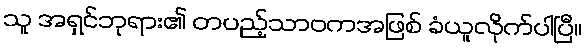
သူ အရှင်ဘုရား၏ တပည့်သာဝကအဖြစ် ခံယူလိုက်ပါပြီ။